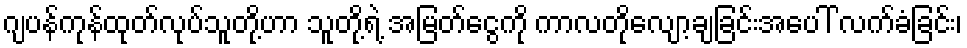
ဂျပန်ကုန်ထုတ်လုပ်သူတို့ဟာ သူတို့ရဲ့ အမြတ်ငွေကို ကာလတိုလျော့ချခြင်းအပေါ် လက်ခံခြင်း၊